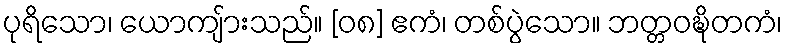
ပုရိသော၊ ယောကျ်ားသည်။ [၀၈] ဧကံ၊ တစ်ပွဲသော။ ဘတ္တဝဍ္ဎိတကံ၊